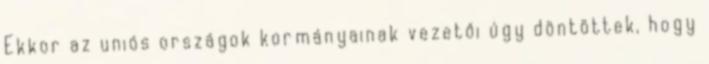
Ekkor az uniós országok kormányainak vezetői úgy döntöttek, hogy